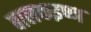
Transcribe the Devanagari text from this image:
बालकइष्ण